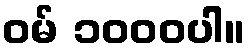
ဝမ် ၁၀၀၀ပါ။